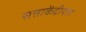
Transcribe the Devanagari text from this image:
सत्ताकेंद्रीयता